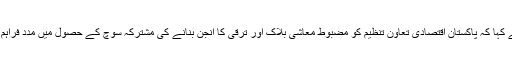
وزیراعظم نے کہا کہ پاکستان اقتصادی تعاون تنظیم کو مضبوط معاشی بلاک اور ترقی کا انجن بنانے کی مشترکہ سوچ کے حصول میں مدد فراہم کر سکتا ہے۔